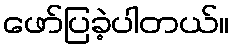
ဖော်ပြခဲ့ပါတယ်။